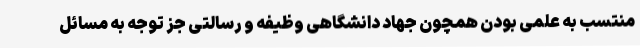
منتسب به علمی بودن همچون جهاد دانشگاهی وظیفه و رسالتی جز توجه به مسائل